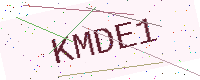
Text: KMDE1